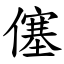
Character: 僿